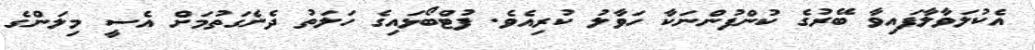
އެކުލަވާލާފައިވާ ބޭރުގެ ކުންފުންނަކާ ހަވާލު ކުރިއެވެ. ފުޓްބޯޅައިގެ ހަލަތު ދެނެގަތުމަށް އެސީ މިލަންގެ